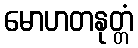
မောဟတနုတ္တံ